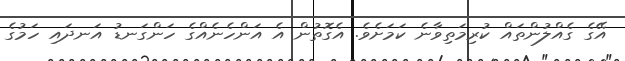
އޭގެ ގެއްލުންތައް ކުރިމަތިވާނެ ކަމަށެވެ. އެގޮތުން އެ އަންހެނެއްގެ ހަންގަނޑު އަނދައި ހަމުގެ